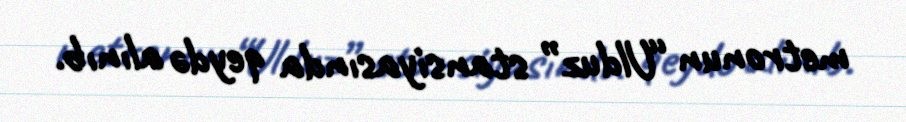
metronun “Ulduz” stansiyasında qeydə alınıb.